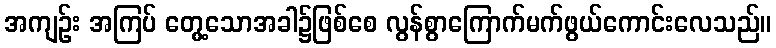
အကျဉ်း အကြပ် တွေ့သောအခါ၌ဖြစ်စေ လွန်စွာကြောက်မက်ဖွယ်ကောင်းလေသည်။